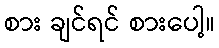
စား ချင်ရင် စားပေါ့။